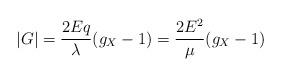
LaTeX: \begin{align*} |G| =\frac{2Eq}{\lambda}(g_X-1) = \frac{2E^2}{\mu}(g_X-1)\end{align*}